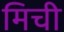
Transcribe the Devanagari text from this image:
मिची